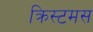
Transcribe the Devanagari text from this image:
क्रिस्टमस